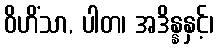
ဝိဟိံသာ, ပါတ၊ အဒိန္နနှင့်၊